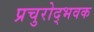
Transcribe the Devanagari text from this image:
प्रचुरोद्भवक